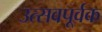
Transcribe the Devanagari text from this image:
उत्सवपूर्वक